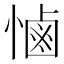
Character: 𢟧